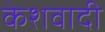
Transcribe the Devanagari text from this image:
केशवादी